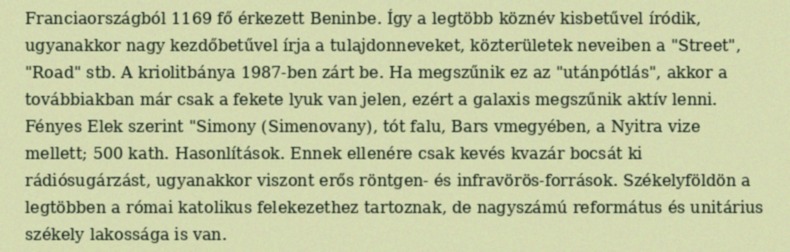
Franciaországból 1169 fő érkezett Beninbe. Így a legtöbb köznév kisbetűvel íródik, ugyanakkor nagy kezdőbetűvel írja a tulajdonneveket, közterületek neveiben a "Street", "Road" stb. A kriolitbánya 1987-ben zárt be. Ha megszűnik ez az "utánpótlás", akkor a továbbiakban már csak a fekete lyuk van jelen, ezért a galaxis megszűnik aktív lenni. Fényes Elek szerint "Simony (Simenovany), tót falu, Bars vmegyében, a Nyitra vize mellett; 500 kath. Hasonlítások. Ennek ellenére csak kevés kvazár bocsát ki rádiósugárzást, ugyanakkor viszont erős röntgen- és infravörös-források. Székelyföldön a legtöbben a római katolikus felekezethez tartoznak, de nagyszámú református és unitárius székely lakossága is van.